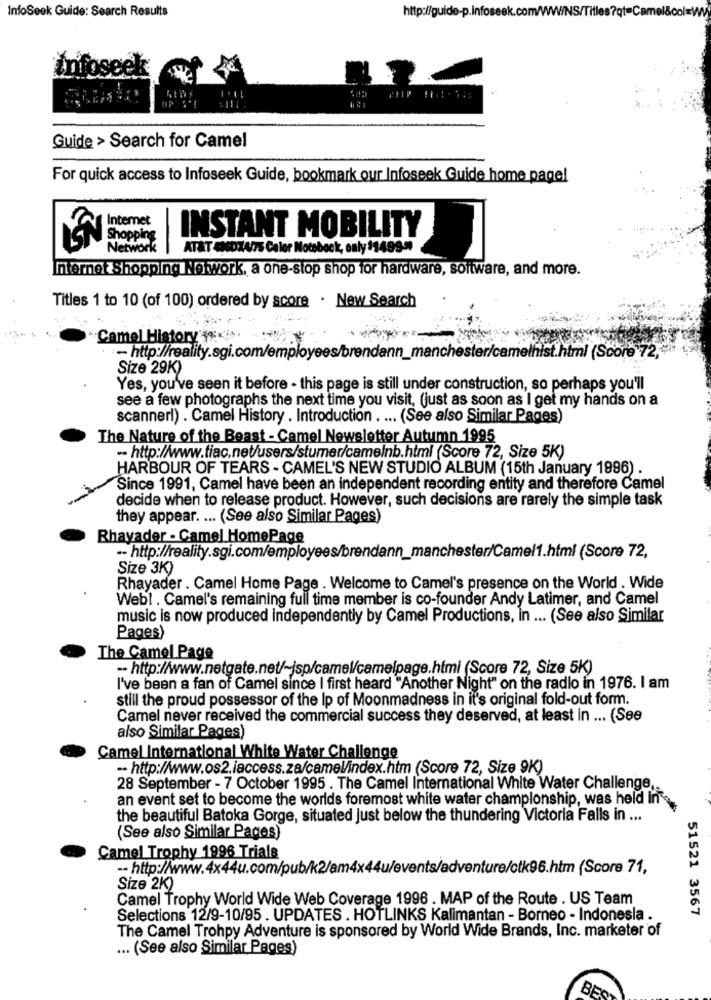
InfoSeek Guide: Search Results
http://guide-p.infoseek.com/WWW/NS/Titles
infose
Guide > Search for Camel
For quick access to Infoseek Guide, bookmark our Infoseek Guide home page!
Internet
INSTANT MOBILITY
EN
Network
AT&T 4360X4/75 Calor Notaback, only $1499."
Internet Shopping Network, a one-stop shop for hardware, software, and more.
Titles 1 to 10 (of 100) ordered by score . New Search
Camel History : < >.
- http://reality.sgi.com/employees/brendann_manchester/camelhist.html (Score 72,
Size 29K)
Yes, you've seen it before - this page is still under construction, so perhaps you'll
see a few photographs the next time you visit, (just as soon as I get my hands on a
scannerl) . Camel History . Introduction . ... (See also Similar Pages)
The Nature of the Beast - Camel Newsletter Autumn 1995
-- http://www.tiac.net/users/stumer/camelnb.html (Score 72, Size 5K)
HARBOUR OF TEARS - CAMEL'S NEW STUDIO ALBUM (15th January 1996) .
Since 1991, Camel have been an independent recording entity and therefore Camel
decide when to release product. However, such decisions are rarely the simple task
they appear. ... (See also Similar Pages)
Rhayader - Camel HomePage
-- http://reality.sgi.com/employees/brendann_manchester/Camel1.html (Score 72,
Size 3K)
Rhayader . Camel Home Page . Welcome to Camel's presence on the World . Wide
Webl . Camel's remaining full time member is co-founder Andy Latimer, and Camel
music is now produced independently by Camel Productions, in ... (See also Similar
Pages)
The Camel Page
-- http://www.netgate.net/~jsp/camel/camelpage.html (Score 72, Size 5K)
I've been a fan of Camel since I first heard "Another Night" on the radio in 1976. I am
still the proud possessor of the Ip of Moonmadness in it's original fold-out form.
Camel never received the commercial success they deserved, at least in ... (See
also Similar Pages)
Camel International White Water Challenge
-- http://www.os2.iaccess.za/camel/index.htm (Score 72, Size 9K)
28 September - 7 October 1995 . The Camel International White Water Challenge ..
an event set to become the worlds foremost white water champlonship, was held in's
the beautiful Batoka Gorge, situated Just below the thundering Victoria Falls in ...
(See also Similar Pages)
Camel Trophy 1996 Trials
-- http://www.4x44u.com/pub/k2/am4x44u/events/adventure/ctk96.htm (Score 71,
Size 2K)
Camel Trophy World Wide Web Coverage 1996 . MAP of the Route . US Team
51521 3567
Selections 12/9-10/95 . UPDATES . HOTLINKS Kalimantan - Borneo - Indonesla .
The Camel Trohpy Adventure is sponsored by World Wide Brands, Inc. marketer of
... (See also Similar Pages)